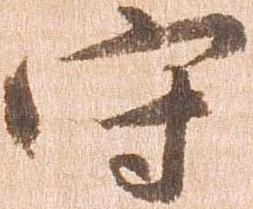
守